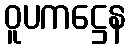
ဝူပကဋ္ဌေန